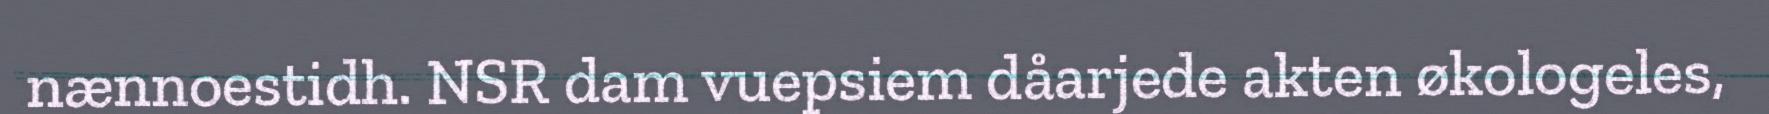
nænnoestidh. NSR dam vuepsiem dåarjede akten økologeles,